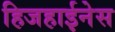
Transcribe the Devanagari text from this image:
हिजहाईनेस